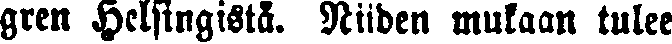
gren Helsingistä. Niiden mukaan tulee